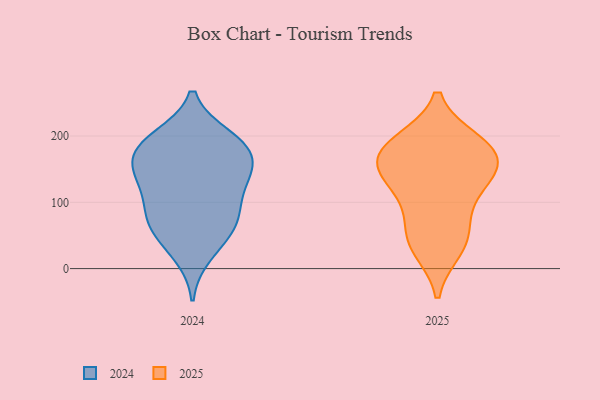
{"axis": {"x": "Churn Rate (%)", "y": "Value"}, "legend": ["2024", "2025"], "data": [{"x": "", "y": 191, "type": "2025"}, {"x": "", "y": 96, "type": "2025"}, {"x": "", "y": 171, "type": "2025"}, {"x": "", "y": 54, "type": "2025"}, {"x": "", "y": 41, "type": "2025"}, {"x": "", "y": 140, "type": "2025"}, {"x": "", "y": 154, "type": "2025"}, {"x": "", "y": 31, "type": "2025"}, {"x": "", "y": 122, "type": "2025"}, {"x": "", "y": 152, "type": "2025"}, {"x": "", "y": 182, "type": "2025"}, {"x": "", "y": 187, "type": "2025"}, {"x": "", "y": 145, "type": "2024"}, {"x": "", "y": 198, "type": "2024"}, {"x": "", "y": 86, "type": "2024"}, {"x": "", "y": 21, "type": "2024"}, {"x": "", "y": 49, "type": "2024"}, {"x": "", "y": 141, "type": "2024"}, {"x": "", "y": 78, "type": "2024"}, {"x": "", "y": 58, "type": "2024"}, {"x": "", "y": 192, "type": "2024"}, {"x": "", "y": 133, "type": "2024"}, {"x": "", "y": 173, "type": "2024"}, {"x": "", "y": 80, "type": "2024"}, {"x": "", "y": 194, "type": "2024"}, {"x": "", "y": 158, "type": "2024"}, {"x": "", "y": 118, "type": "2024"}, {"x": "", "y": 177, "type": "2024"}]}